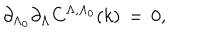
\partial _ { \Lambda _ { 0 } } \partial _ { \Lambda } C ^ { \Lambda , \Lambda _ { 0 } } ( k ) \, = \, 0 ,